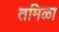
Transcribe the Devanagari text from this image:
तमिळा